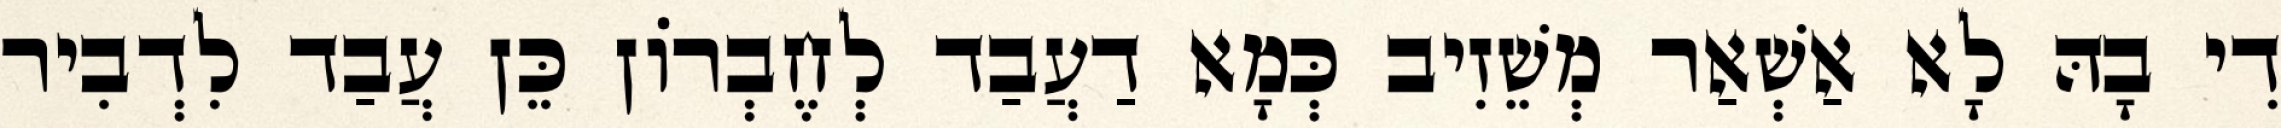
דִי בָהּ לָא אַשְׁאַר מְשֵׁזִיב כְּמָא דַעֲבַד לְחֶבְרוֹן כֵּן עֲבַד לִדְבִיר